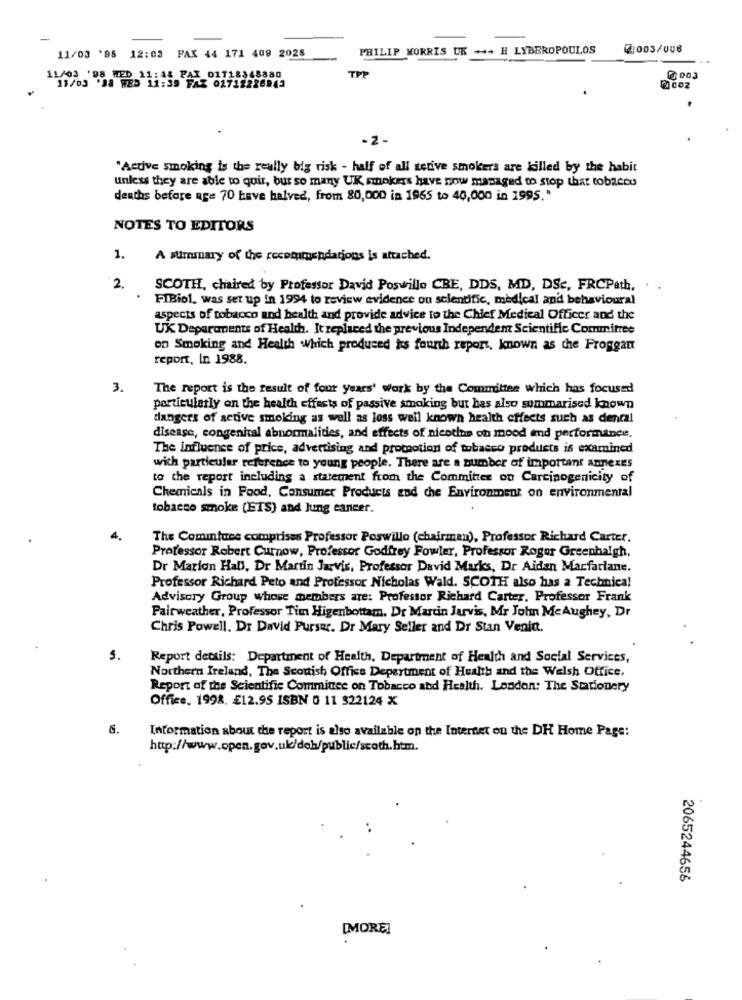
11/03 '98 12:03 PAX 44 171 409 2028
PHILIP MORRIS UK +++ H LYBEROPOULOS
2003/006
11/03 98 WED 11:45 P
TPP
0 003
-2 -
"Active smoking is the really big risk - half of all terive smokers are killed by the habit
unless they are able to quir, bur so many UK smokers have now managed to stop that tobacco
deaths before age 70 have halved, from 80,000 in 1965 to 40,000 in 1995."
NOTES TO EDITORS
1.
A summary of the recommendations is attached.
2.
SCOTH, chaired by Professor David Poswillo CBE, DDS, MD, DSc, FRCPath,
FIBiol. was set up in 1994 to review evidence ou scientific, medical and behavioural
aspects of tobacco and health and provide advice to the Chief Medical Officer and the
UX Deparavents of Health. It replaced the previous Independent Scientific Committee
on Smoking and Health which produced ks fourth report, known as the Froggan
report, In 1988.
3.
The report is the result of four years' work by the Committee which has focused
particularly on the health effects of passive smoking but has also sommarised known
dangers of scrive smoking as well as loss well known health effects such as dental
disease, congenital abnormalities, and effects of nicotine on mood and performance.
The influence of price, advertising and promotion of tobacco products is examined
wich particular reference to young people. There are a number of important annexes
to the report including a statement from the Committee on Carcinogenicity of
Chemicals in Food, Consumer Products and the Environment on environmental
tobacco smoke (ETS) and lung cancer.
The Comintuce comprises Professor Poswillo (chairman), Professor Richard Carter.
Professor Robert Curnow, Professor Godfrey Fowler, Professor Roger Greenhalgh,
Dr Marion Hall, Dr Martin Jarvis, Professor David Marks, Dr Aidan Macfarlane.
Professor Richard Peto and Professor Nicholas Wald. SCOTH also has a Technical
Advisory Group whose members are: Professor Richard Carter, Professor Frank
Pairweather, Professor Tim Higenbottam. Dr Marcin Jarvis, Mr John MeAughey, Dr
Chris Powell. Dr David Purser. Dr Mary Seller and Dr Stan Venin.
5.
Report details: Department of Health. Department of Health and Social Services,
Northern Ireland, The Scottish Office Department of Health and the Welsh Office,
Report of the Scientific Commince on Tobacco and Health. London: The Stationery
Office, 1998. £12.95 ISBN 0 11 322124 X
6.
Information about the report is also available on the Internet on the DH Home Page:
http://www.open.gov.uk/doh/public/scoth.htm.
2065244656
[MORE]